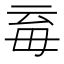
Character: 𣫱